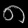
Digit: ၈